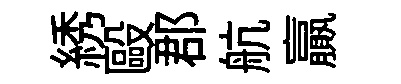
綉毆郡航贏